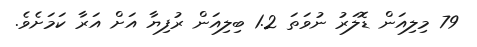
79 މިލިއަން ޑޮލަރު ނުވަތަ 1.2 ބިލިއަން ރުފިޔާ އަށް އަރާ ކަމަށެވެ.